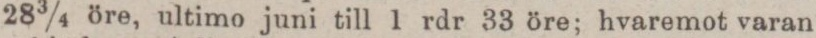
28 3/4 öre, ultimo juni till 1 rdr 33 öre; hvaremot varan